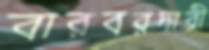
বারবরদারী